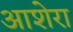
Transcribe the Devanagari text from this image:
आशेरा